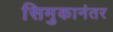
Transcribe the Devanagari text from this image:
सिमुकानंतर